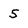
Character: 5